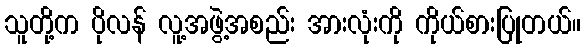
သူတို့က ပိုလန် လူ့အဖွဲ့အစည်း အားလုံးကို ကိုယ်စားပြုတယ်။